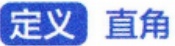
定义 直角